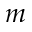
m